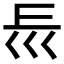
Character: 𡿰